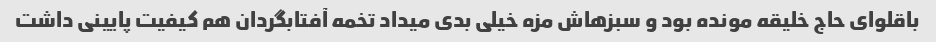
باقلوای حاج خلیقه مونده بود و سبزهاش مزه خیلی بدی میداد تخمه آفتابگردان هم کیفیت پایینی داشت